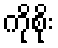
ကိုစိုး